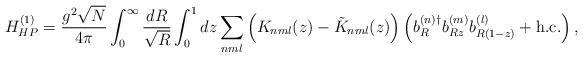
LaTeX: \begin{align*}H_{HP}^{(1)}=\frac{g^2\sqrt{N}}{4\pi}\int_0^{\infty}\frac{dR}{\sqrt{R}}\int_0^1 dz \sum_{nml}\left( K_{nml}(z)-\tilde{K}_{nml}(z) \right)\left( b_R^{(n)\dagger}b_{Rz}^{(m)}b_{R(1-z)}^{(l)} + {\rm h.c.} \right),\end{align*}